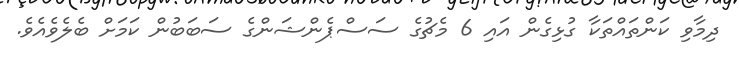
ދިމާވި ކަންތައްތަކާ ގުޅިގެން އައި 6 މެޗުގެ ސަސްޕެންޝަންގެ ސަބަބުން ކަމަށް ބެލެވެއެވެ.